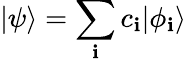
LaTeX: |\psi\rangle=\sum_{\mathbf{i}}c_{\mathbf{i}}|\phi_{\mathbf{i}}\rangle